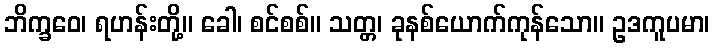
ဘိက္ခဝေ၊ ရဟန်းတို့။ ခေါ၊ စင်စစ်။ သတ္တ၊ ခုနစ်ယောက်ကုန်သော။ ဥဒကူပမာ၊